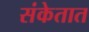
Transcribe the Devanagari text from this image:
संकेतात